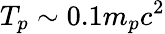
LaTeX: T_{p}\sim 0.1m_{p}c^{2}